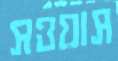
সওয়াস